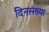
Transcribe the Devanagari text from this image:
दिनसंख्या